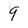
Character: 9